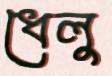
ধেলু